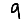
Digit: 9